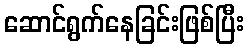
ဆောင်ရွက်နေခြင်းဖြစ်ပြီး